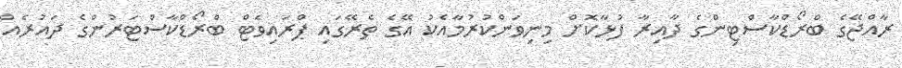
ރާއްޖޭގެ ބްރޯޑްކާސްޓިންގެ ދާއިރާ ފުޅާކޮށް މިނިވަންކުރުމާއެކު އޭގެ ތެރޭގައި ޕްރައިވެޓް ބްރޯޑްކާސްޓަރުންގެ ދައުރެއް